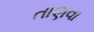
તાણવા